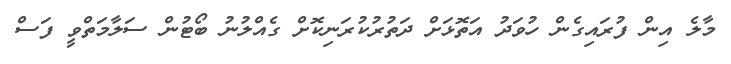
މާލެ އިން ފުރައިގެން ހުވަދު އަތޮޅަށް ދަތުރުކުރަނިކޮށް ގެއްލުނު ބޯޓުން ސަލާމަތްވީ ފަސް